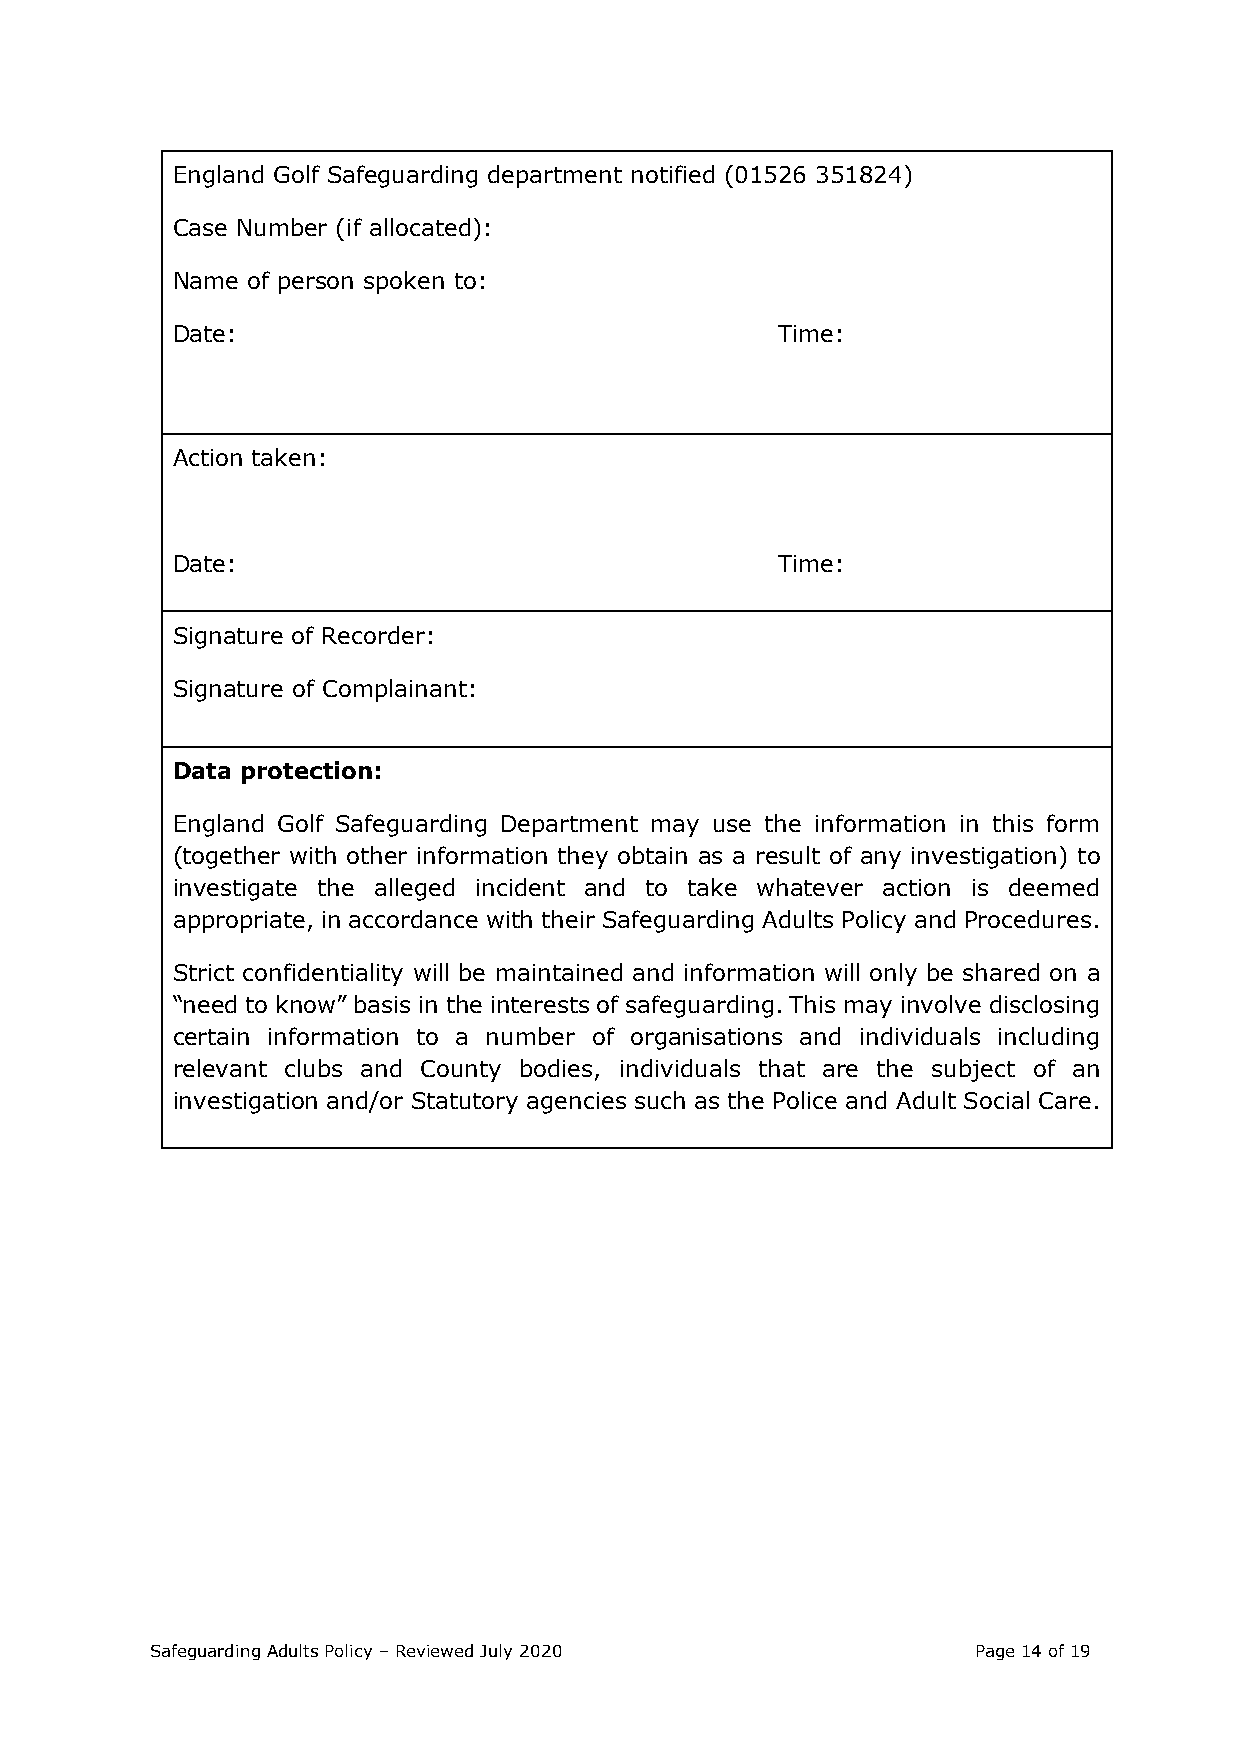
England Golf Safeguarding department notified (01526 351824)
 Case Number (if allocated):
 Name of person spoken to:
 Date:                                   Time:
 Action taken:
 Date:                                   Time:
 Signature of Recorder:
 Signature of Complainant:
 Data protection:
 England Golf Safeguarding Department may use the information in this form
 (together with other information they obtain as a result of any investigation) to
 investigate the alleged incident and to take whatever action is deemed
 appropriate, in accordance with their Safeguarding Adults Policy and Procedures.
 Strict confidentiality will be maintained and information will only be shared on a
 “need to know” basis in the interests of safeguarding. This may involve disclosing
 certain information to a number of organisations and individuals including
 relevant clubs and County bodies, individuals that are the subject of an
 investigation and/or Statutory agencies such as the Police and Adult Social Care.
 Safeguarding Adults Policy – Reviewed July 2020       Page 14 of 19